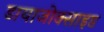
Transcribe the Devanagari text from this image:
डायाजोक्साइड